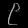
Digit: ၉